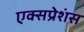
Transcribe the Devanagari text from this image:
एक्सप्रेशंस